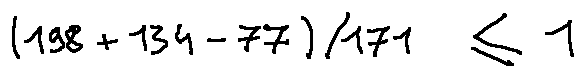
( 1 9 8 + 1 3 4 - 7 7 ) / 1 7 1 \leq 1